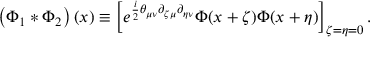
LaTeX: \left( \Phi _ { 1 } * \Phi _ { 2 } \right) ( x ) \equiv \left[ e ^ { \frac { i } { 2 } \theta _ { \mu \nu } \partial _ { \zeta \mu } \partial _ { \eta \nu } } \Phi ( x + \zeta ) \Phi ( x + \eta ) \right] _ { \zeta = \eta = 0 } .